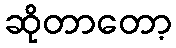
ဆိုတာတော့